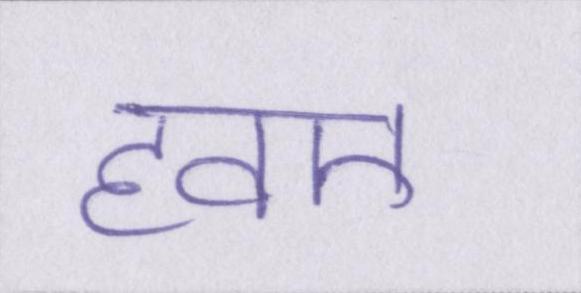
हवए